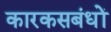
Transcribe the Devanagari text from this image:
कारकसबंधों